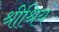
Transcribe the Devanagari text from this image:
श्रीश्रियं